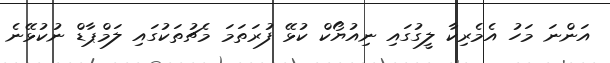
އަންނަ މަހު އެމެރިކާ ލީގުގައި ނިއުޔޯކް ކުޅޭ ފުރަތަމަ މެޗުތަކުގައި ލަމްޕާޑް ނުކުޅޭނެ